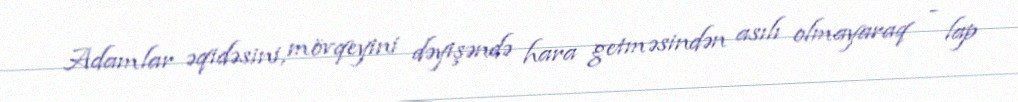
Adamlar əqidəsini, mövqeyini dəyişəndə hara getməsindən asılı olmayaraq - lap